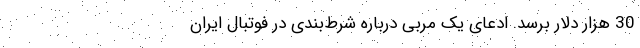
30 هزار دلار برسد. ادعای یک مربی درباره شرط‌بندی در فوتبال ایران